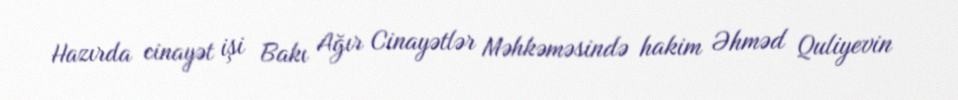
Hazırda cinayət işi Bakı Ağır Cinayətlər Məhkəməsində hakim Əhməd Quliyevin